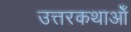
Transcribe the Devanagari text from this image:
उत्तरकथाओँ